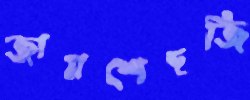
জামশেদজি